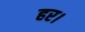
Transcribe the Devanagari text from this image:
हर।